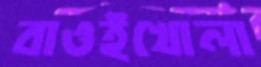
বাওইখোলা